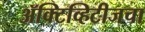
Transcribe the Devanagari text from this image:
ॲक्टिव्हिटीजचा